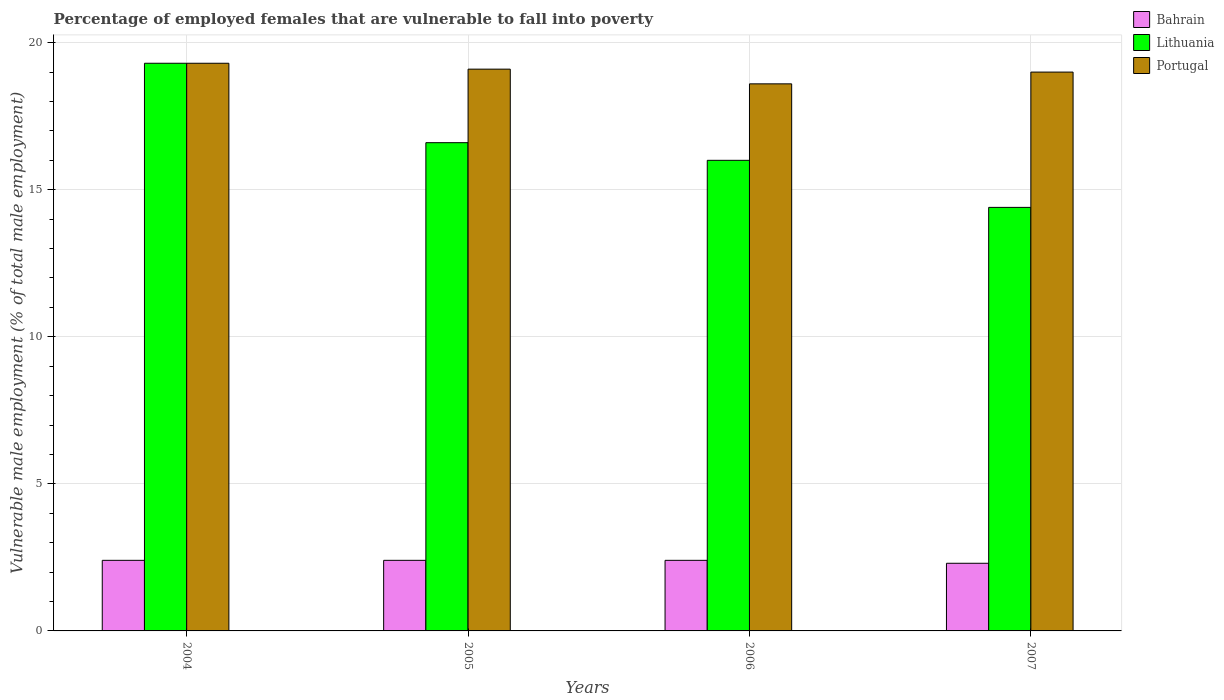
| Years | Bahrain | Lithuania | Portugal |
 | --- | --- | --- | --- |
 | 2004 | 2.4 | 19.3 | 19.3 |
 | 2005 | 2.4 | 16.6 | 19.1 |
 | 2006 | 2.4 | 16 | 18.6 |
 | 2007 | 2.3 | 14.4 | 19 |